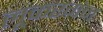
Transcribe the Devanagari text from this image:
लूकरगंज